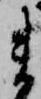
ま